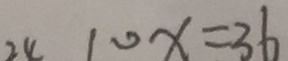
1 0 x = 3 6